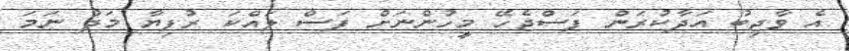
އެ ވާޖިބު އަދާކުރަން ފަސްޖެހޭ މީހުންނަށް ފަސް ލައްކަ ރުފިޔާ މަދު ނަމަ